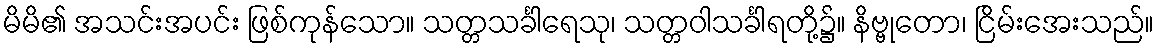
မိမိ၏ အသင်းအပင်း ဖြစ်ကုန်သော။ သတ္တသင်္ခါရေသု၊ သတ္တဝါသင်္ခါရတို့၌။ နိဗ္ဗုတော၊ ငြိမ်းအေးသည်။